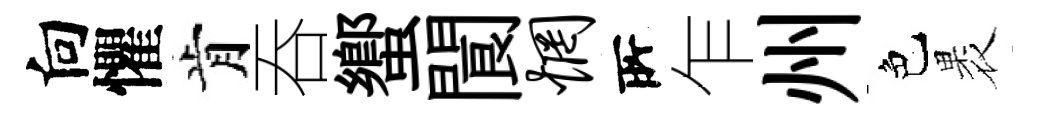
向懼肯吞蠁閬惘𠩄乍州色褁